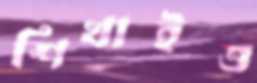
শিখাইও